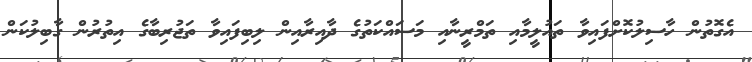
އެގޮތުން ހާސިލުކޮށްފައިވާ ތައުލީމާއި ތަމްރީނާއި މަސައްކަތުގެ ދާއިރާއިން ލިބިފައިވާ ތަޖުރިބާގެ އިތުރުން ގާބިލުކަން